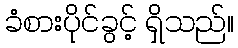
ခံစားပိုင်ခွင့် ရှိသည်။